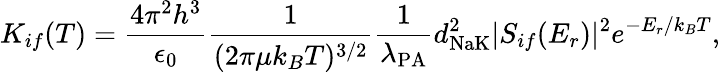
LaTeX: K_{if}(T)=\frac{4\pi^{2}h^{3}}{\epsilon_{0}}\frac{1}{(2\pi\mu k_{B}T)^{3/2}}\frac{1}{\lambda_{\textrm{PA}}}d_{\textrm{NaK}}^{2}|S_{if}(E_{r})|^{2}e^{-E_{r}/k_{B}T},